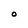
Character: O